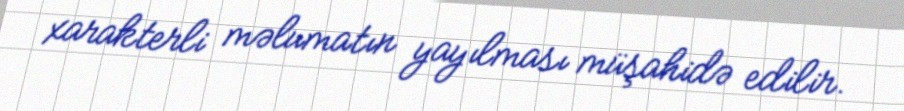
xarakterli məlumatın yayılması müşahidə edilir.